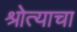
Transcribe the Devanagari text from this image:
श्रोत्याचा